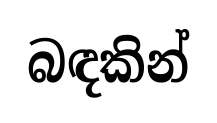
බඳකින්